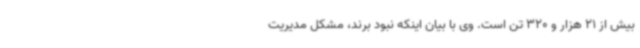
بیش از 21 هزار و 320 تن است. وی با بیان اینکه نبود برند، مشکل مدیریت